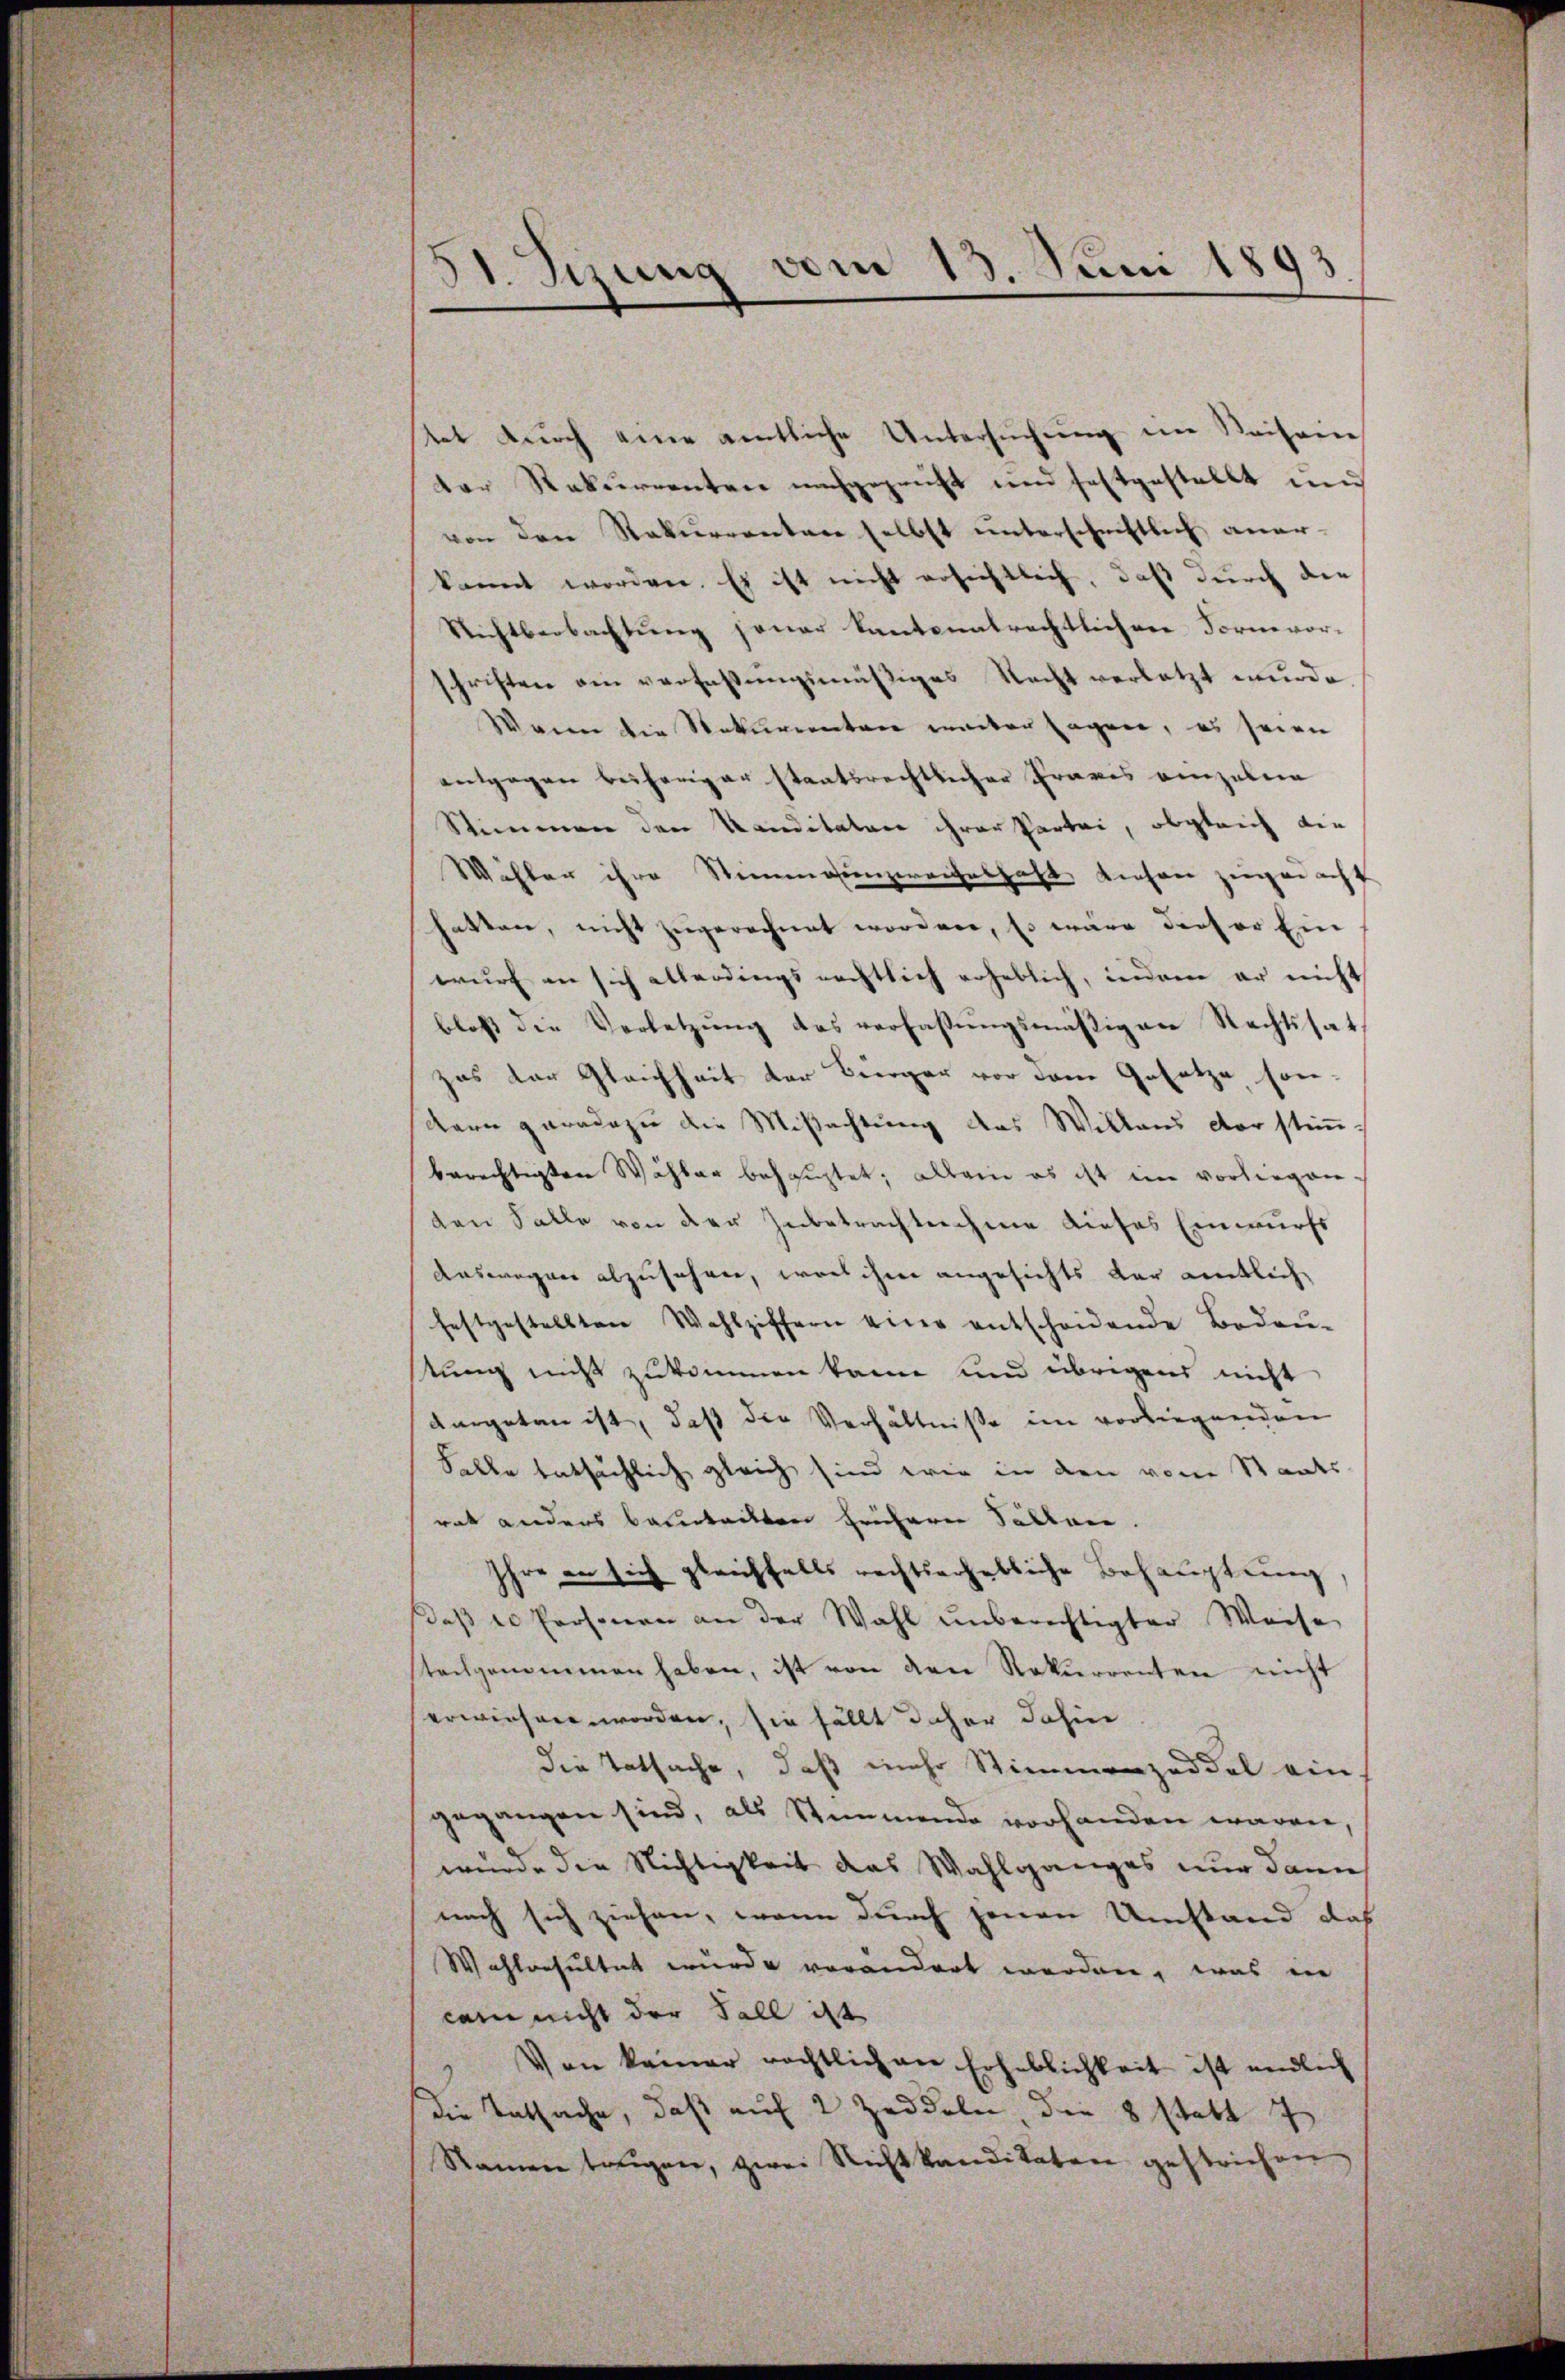
E
21. Sizung vom 13. Juni 1893

tet dŭrch eine amtliche Untersŭchŭng im Reiseine
der Rekurrenten nachgeprüft und festgestellt und
von den Rekurrenten selbst ŭnterschriftlich aner-
kannt worden. Es ist nicht ersichtlich, daß durch die
Richtbeobachtung jener Kantonalrechtlichere Formvor-
pristen am verfassungsmäßiges Nacht verletzt wurde,
Wann die Rekurrenten unter sagen, es seien
entgegen besherigen staatsrechtlicher Praxis einzulein
Stimmen den Kanditaten ihrer Partei, obgleich die
Wähler ihre Stimmenzweifelhaft diesen zugedacht
hatten, nicht zugerechnet worden, Es wäre dieser Ein
wurf in sich allerdingsrechtlich erheblich, indem er nicht
bloβ die Verletzŭng des verfassŭngsmäβigen Rechtssat
zas der Gleichheit der Bürger vor dem Gesetze son-
dern paradezu die Mißachtung des Willaus der stimberechtigten Wähler behauptet; allein es ist im vorliegen.
den Falle von der Zubetrachtnahme dieses Einwurfs
Auswegen abzusehen, was ihm angesichts der amtlich
festgestellten Wahlziffern eine entscheidende Bedaŭ-
tung nicht zukommen kann und übrigens nicht
dargetan ist, daß die Verhältnisse im vorliegenden
Falle tatsächlich gleich sind wie in den von Staats-
rat anders beintritten frühern Sollen.
Ihre er sich gleichfalls rechtserhebliche Behauptung
daβ er Personen an der Wahl unberechtigter Weise
tachgenommen haben, ist von den Rekurrenten nicht
erwiesen worden, sie fällt daher dahin
die Tatsache, daß mehr Stimmenzaddel ein
gegangen sind, als Stimmende vorhanden wären,
wurde die Nichtigkeit das Wahlganges nur dann
nach sich ziehen, wenn durch jenen Umstand das
Wahloesultat wurde verändert worden, was in
cam nicht der Fall ist
Von keiner rechtlich an Erheblichkeit ist endlich
die Tatsache, daß auf 2 Zeddeln die 8 statt 7
Namen tagen, zwei Richtkanditaten gestrichen